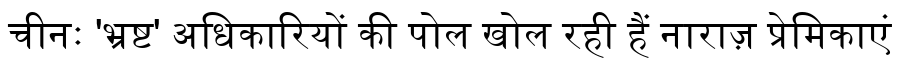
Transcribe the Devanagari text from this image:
चीनः 'भ्रष्ट' अधिकारियों की पोल खोल रही हैं नाराज़ प्रेमिकाएं